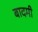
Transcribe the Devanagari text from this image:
बादमी